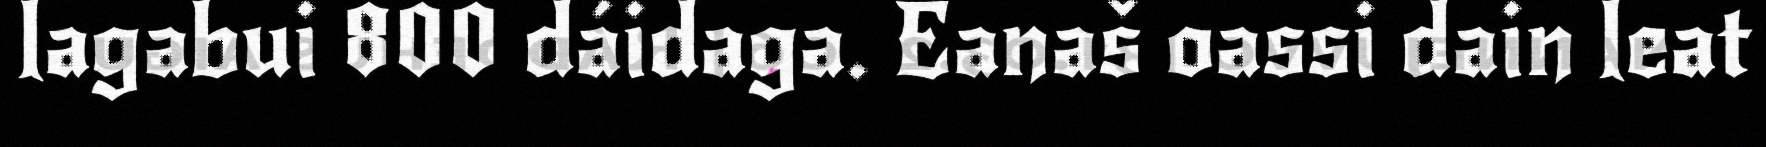
lagabui 800 dáidaga. Eanaš oassi dain leat